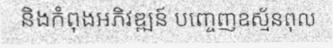
និងកំពុងអភិវឌ្ឍន៍ បញ្ចេញឧស្ម័នពុល